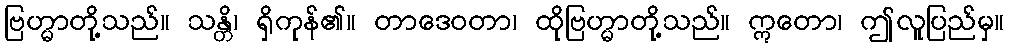
ဗြဟ္မာတို့သည်။ သန္တိ၊ ရှိကုန်၏။ တာဒေဝတာ၊ ထိုဗြဟ္မာတို့သည်။ ဣတော၊ ဤလူပြည်မှ။